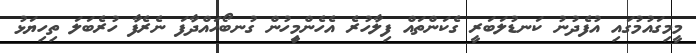
މީމިގައުމުގައި އުފެދުނު ކަނޑުލަބަރީ ގެކަންތައް ފިލާހުރެ އެހެންމިިީހުން ގުނބޯހައްދާފަ ނެރެފާ ހުރެބަލަ ތިހިޔަޅު